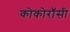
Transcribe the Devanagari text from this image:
कोकोरॉसी